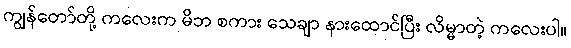
ကျွန်တော်တို့ ကလေးက မိဘ စကား သေချာ နားထောင်ပြီး လိမ္မာတဲ့ ကလေးပါ။